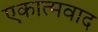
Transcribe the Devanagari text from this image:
एकात्मवाद